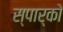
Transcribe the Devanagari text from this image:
स्पार्को